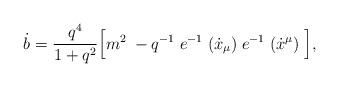
LaTeX: \begin{align*}\dot b = \frac{q^4}{1 + q^2}\Bigl [ m^2 \; - q^{-1}\;e^{-1}\;(\dot x_{\mu})\; e^{-1}\;(\dot x^{\mu})\;\Bigr ],\end{align*}